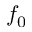
f _ { 0 }